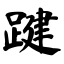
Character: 踺